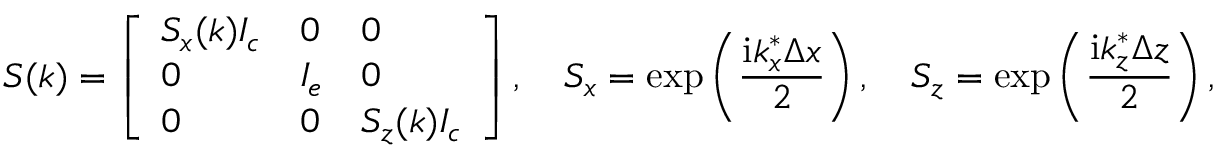
\boldsymbol { S } ( \boldsymbol { k } ) = \left[ \begin{array} { l l l } { S _ { x } ( \boldsymbol { k } ) \boldsymbol { I _ { c } } } & { \boldsymbol { 0 } } & { \boldsymbol { 0 } } \\ { \boldsymbol { 0 } } & { \boldsymbol { I _ { e } } } & { \boldsymbol { 0 } } \\ { \boldsymbol { 0 } } & { \boldsymbol { 0 } } & { S _ { z } ( \boldsymbol { k } ) \boldsymbol { I _ { c } } } \end{array} \right] , \quad S _ { x } = \mathrm { e x p } \left( \frac { \mathrm { i } k _ { x } ^ { * } \Delta x } { 2 } \right) , \quad S _ { z } = \mathrm { e x p } \left( \frac { \mathrm { i } k _ { z } ^ { * } \Delta z } { 2 } \right) ,